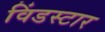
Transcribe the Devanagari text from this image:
विंडस्टार